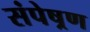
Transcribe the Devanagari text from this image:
संपेष्रण